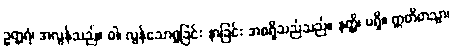
ဥတ္တရံ၊ အလွန်သည်။ ဝါ၊ လွန်သောရှုခြင်း နာခြင်း အစရှိသည်သည်။ နတ္ထိ၊ မရှိ။ ဣတိတသ္မာ၊